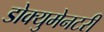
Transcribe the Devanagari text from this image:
डोक्युमेनटरी